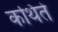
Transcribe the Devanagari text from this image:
कथिते